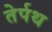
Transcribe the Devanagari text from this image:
तेर्पथ